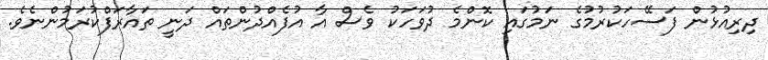
ދިރިއުޅުން ފަސޭހަކުރުމުގެ ނަމުގައި ކޮންމެ ދުވަހަކު ވެސް އާ އުފެއްދުންތައް ދަނީ ތައާރަފްކުރަމުންނެވެ.